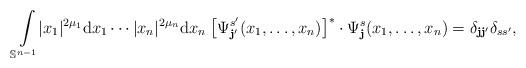
LaTeX: \begin{align*}\smashoperator{\int_{\mathbb{S}^{n-1}}} |x_1|^{2\mu_1}\mathrm{d}x_1\cdots |x_n|^{2\mu_n}\mathrm{d}x_{n}\;\big[\Psi_{\mathbf{\mathbf{j}'}}^{s'}(x_1,\ldots, x_{n})\big]^{*}\cdot \Psi_{\mathbf{j}}^{s}(x_1,\ldots, x_{n})=\delta_{\mathbf{j}\mathbf{j}'}\delta_{ss'},\end{align*}